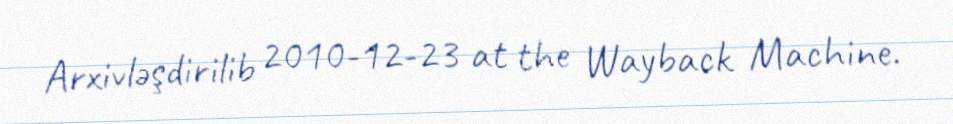
Arxivləşdirilib 2010-12-23 at the Wayback Machine.